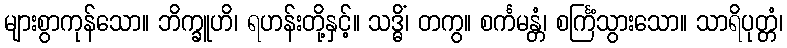
များစွာကုန်သော။ ဘိက္ခူဟိ၊ ရဟန်းတို့နှင့်။ သဒ္ဓိံ၊ တကွ။ စင်္ကမန္တံ၊ စင်္ကြံသွားသော။ သာရိပုတ္တံ၊